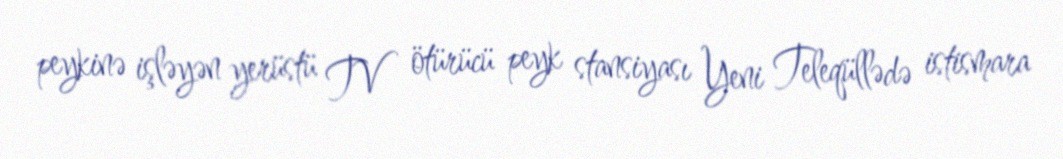
peykinə işləyən yerüstü TV ötürücü peyk stansiyası Yeni Teleqüllədə istismara